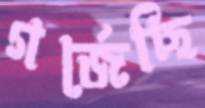
গর্‌জেছি